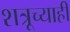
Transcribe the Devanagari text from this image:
शत्रूच्याही